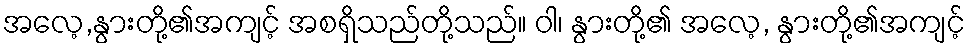
အလေ့,နွားတို့၏အကျင့် အစရှိသည်တို့သည်။ ဝါ၊ နွားတို့၏ အလေ့, နွားတို့၏အကျင့်